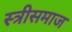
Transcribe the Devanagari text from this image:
स्त्रीसमाज